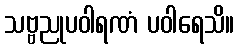
သဗ္ဗညုပဝါရဏံ ပဝါရေသိ။